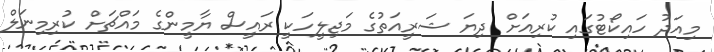
މިއަދު ހައިކޯޓުގައި ކުރިއަށް ދިޔަ ޝަރީއަތުގެ މަޖިލީހަކީ ރައީސް ޔާމީންގެ މައްޗަށް ކުރިމިނަލް